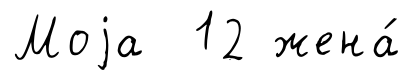
Моjа 12 жена́